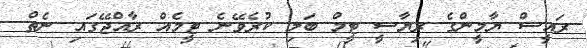
ރައީސް ޔާމީންގެ ރިޔާސީ ޓީމް ބަލި ކުރެވޭނެ ޓީމެއް ރާއްޖޭގައި ނެތް